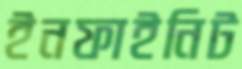
ইনফাইনিট